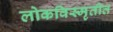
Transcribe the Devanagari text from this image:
लोकविस्मृतीत